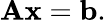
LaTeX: \mathbf{Ax}=\mathbf{b}.